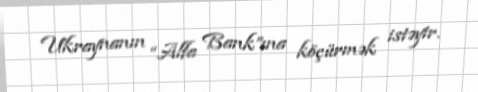
Ukraynanın “Alfa Bank”ına köçürmək istəyir.